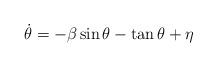
LaTeX: \begin{align*}\dot \theta=-\beta\sin\theta -\tan\theta +\eta \end{align*}